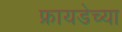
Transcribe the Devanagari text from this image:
फ्रायडेच्या